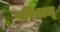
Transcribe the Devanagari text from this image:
परिश्रम्